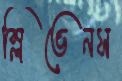
স্লিভেনস